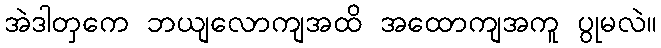
အဲဒါတှကေ ဘယျလောကျအထိ အထောကျအကူ ပွုမလဲ။